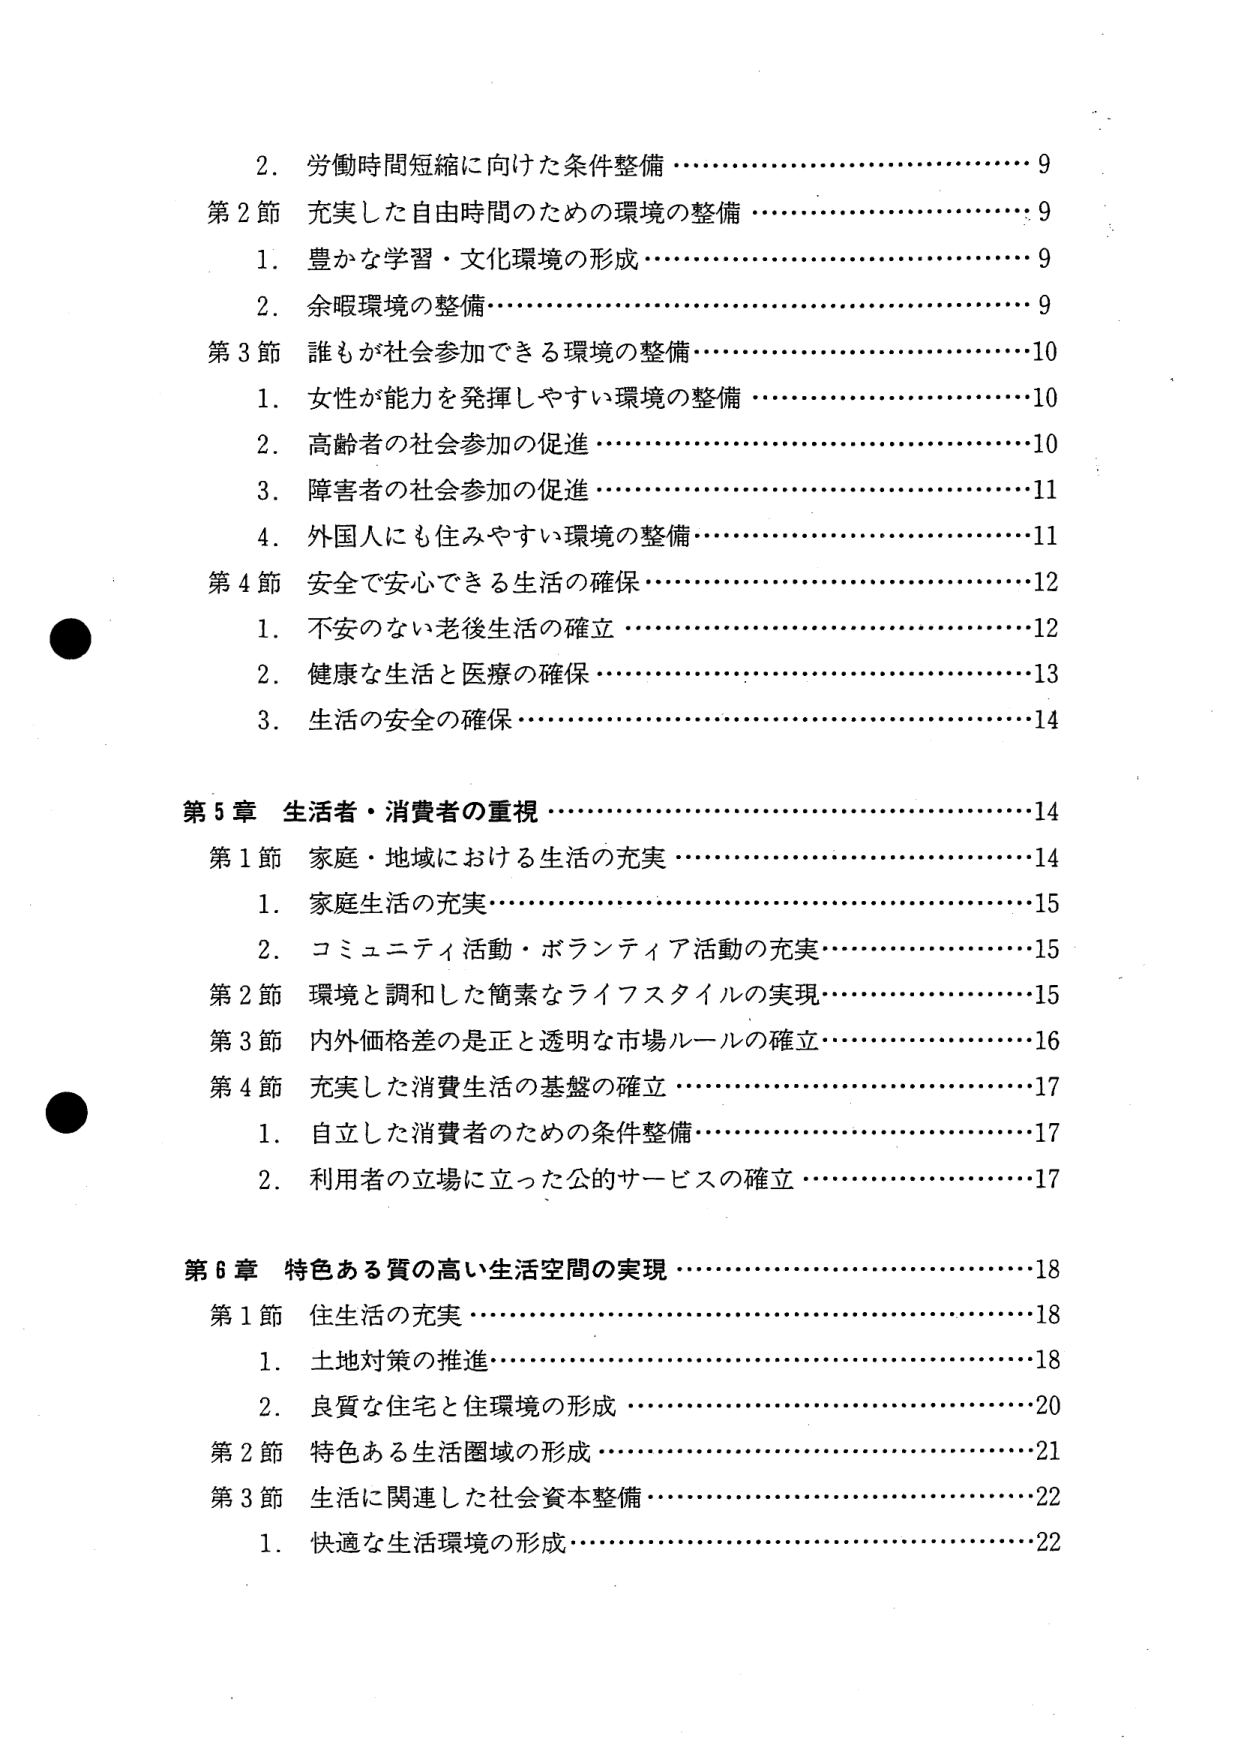
2. 労働時間短縮に向けた条件整備 ……………………………… 9
第2節 充実した自由時間のための環境の整備 ……………………………… 9
　1. 豊かな学習・文化環境の形成 ……………………………… 9
　2. 余暇環境の整備 ……………………………… 9
第3節 誰もが社会参加できる環境の整備 ……………………………… 10
　1. 女性が能力を発揮しやすい環境の整備 ……………………………… 10
　2. 高齢者の社会参加の促進 ……………………………… 10
　3. 障害者の社会参加の促進 ……………………………… 11
　4. 外国人にも住みやすい環境の整備 ……………………………… 11
第4節 安全で安心できる生活の確保 ……………………………… 12
　1. 不安のない老後生活の確立 ……………………………… 12
　2. 健康な生活と医療の確保 ……………………………… 13
　3. 生活の安全の確保 ……………………………… 14

第5章 生活者・消費者の重視 ……………………………… 14
第1節 家庭・地域における生活の充実 ……………………………… 14
　1. 家庭生活の充実 ……………………………… 15
　2. コミュニティ活動・ボランティア活動の充実 ……………………………… 15
第2節 環境と調和した簡素なライフスタイルの実現 ……………………………… 15
第3節 内外価格差の是正と透明な市場ルールの確立 ……………………………… 16
第4節 充実した消費生活の基盤の確立 ……………………………… 17
　1. 自立した消費者のための条件整備 ……………………………… 17
　2. 利用者の立場に立った公的サービスの確立 ……………………………… 17

第6章 特色ある質の高い生活空間の実現 ……………………………… 18
第1節 住生活の充実 ……………………………… 18
　1. 土地対策の推進 ……………………………… 18
　2. 良質な住宅と住環境の形成 ……………………………… 20
第2節 特色ある生活圏域の形成 ……………………………… 21
第3節 生活に関連した社会資本整備 ……………………………… 22
　1. 快適な生活環境の形成 ……………………………… 22